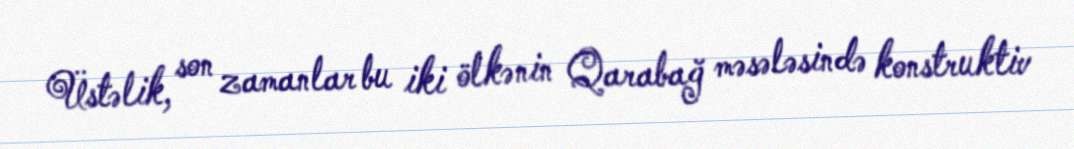
Üstəlik, son zamanlar bu iki ölkənin Qarabağ məsələsində konstruktiv